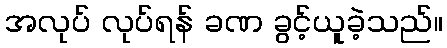
အလုပ် လုပ်ရန် ခဏ ခွင့်ယူခဲ့သည်။